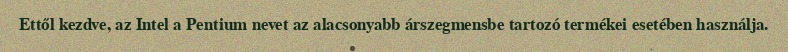
Ettől kezdve, az Intel a Pentium nevet az alacsonyabb árszegmensbe tartozó termékei esetében használja.